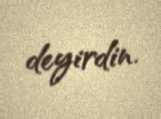
deyirdin.